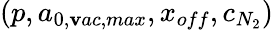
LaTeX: (p,a_{0,\mathbf{v}ac,max},x_{off},c_{N_{2}})